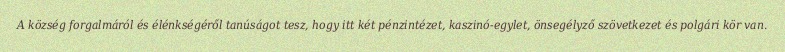
A község forgalmáról és élénkségéről tanúságot tesz, hogy itt két pénzintézet, kaszinó-egylet, önsegélyző szövetkezet és polgári kör van.